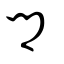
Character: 鄕